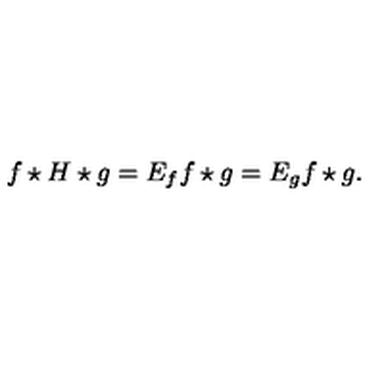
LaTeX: f \star H \star g = E _ { f } f \star g = E _ { g } f \star g .